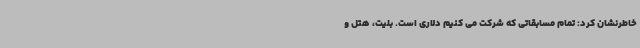
خاطرنشان کرد: تمام مسابقاتی که شرکت می کنیم دلاری است. بلیت، هتل و